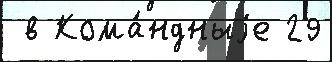
 в Кома́ндныjе 29